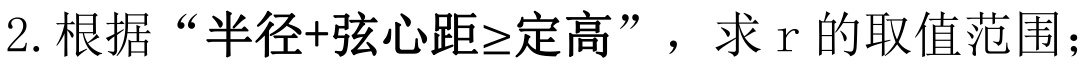
2. 根据“半径+弦心距≥定高”，求 r 的取值范围；